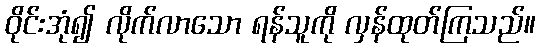
ဝိုင်းအုံ၍ လိုက်လာသော ရန်သူကို လှန်ထုတ်ကြသည်။